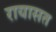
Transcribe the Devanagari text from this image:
रायासत